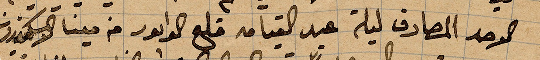
الاحد المصادف ليلة عيد القيامة قلع الوابور من مينا الإسكندرونة